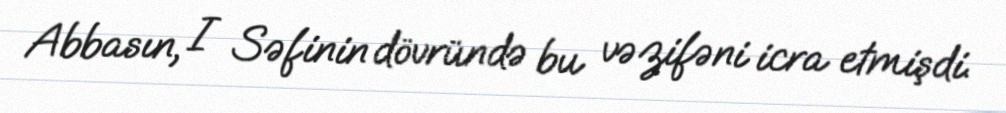
Abbasın, I Səfinin dövründə bu vəzifəni icra etmişdi.